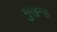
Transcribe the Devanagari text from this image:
भुखन्ड